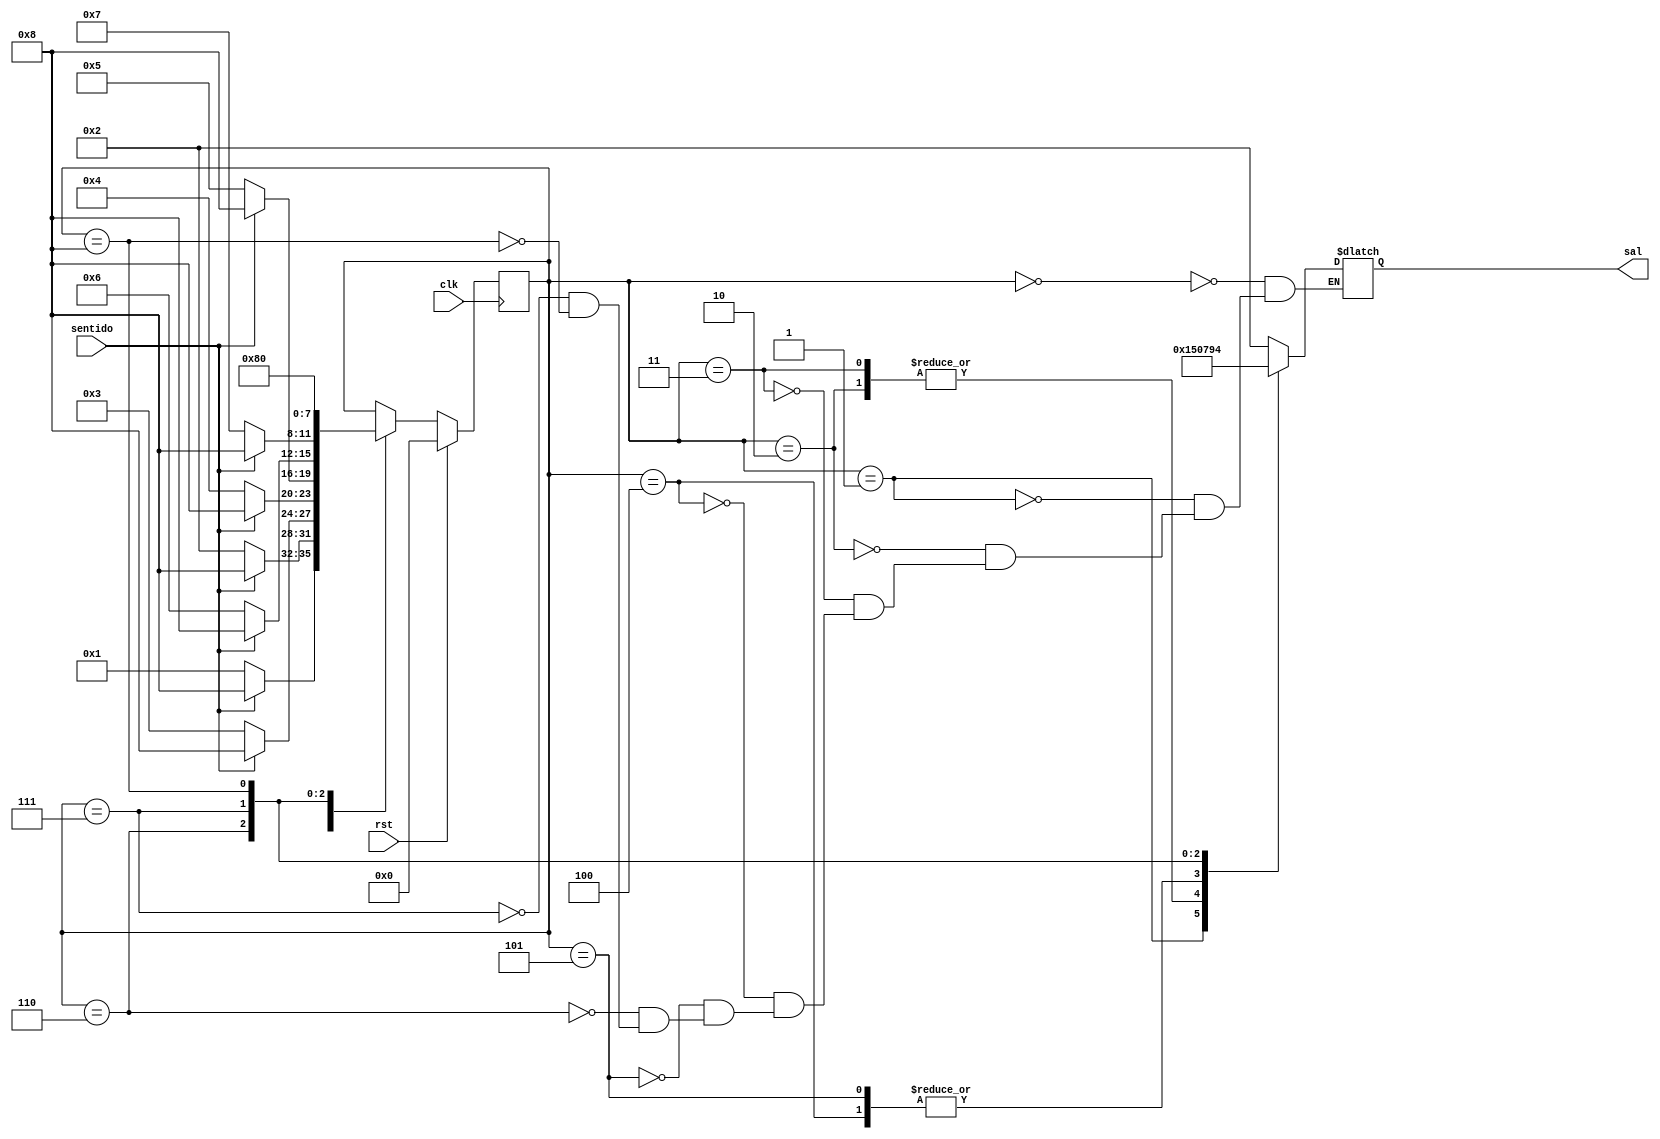
//modulo
module Codigo (clk, rst,sentido,sal);

//Puertos
input clk,rst,sentido;
output 	reg  	[3:0] 	sal;

//Registros
			reg	[3:0]		estados;
//Parametros
parameter primero=0,segundo=1,tercero=2,cuarto=3, quinto=4;
parameter sexto=5, septimo=6, octavo=7, noveno=8;
			
always@(estados)
begin
	case(estados)
	primero:
		sal=2;
	segundo:
		sal=1;
	tercero:
		sal=5;
	cuarto:
		sal=5;
	quinto:
		sal=0;
	sexto:
		sal=0;
	septimo:
		sal=7;
	octavo:
		sal=9;
	noveno:
		sal=4;
	endcase
end

always@(posedge clk)
begin
	if (rst)
		estados=primero;
	else
	case(estados)
		primero:
		if (sentido)
			estados=noveno;
		else
			estados=segundo;
		segundo:
		if (sentido)
			estados=noveno;
		else
			estados=tercero;
		tercero:
		if (sentido)
			estados=noveno;
		else
			estados=cuarto;
		cuarto:
		if (sentido)
			estados=noveno;
		else
			estados=quinto;
		quinto:
		if (sentido)
			estados=noveno;
		else
			estados=sexto;
		sexto:
		if (sentido)
			estados=noveno;
		else
			estados=septimo;
		septimo:
		if (sentido)
			estados=noveno;
		else
			estados=octavo;
		octavo:
			estados=noveno;
		noveno:
			estados=primero;
	endcase
end

endmodule